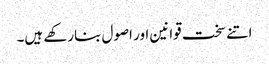
اتنے سخت قوانین اور اصول بنارکھے ہیں۔